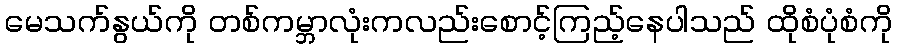
မေသက်နွယ်ကို တစ်ကမ္ဘာလုံးကလည်းစောင့်ကြည့်နေပါသည် ထိုစံပုံစံကို